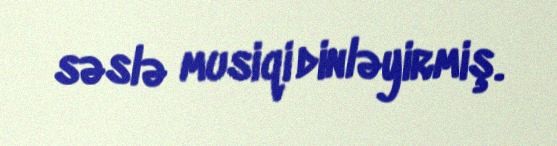
səslə musiqi dinləyirmiş.